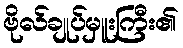
ဗိုလ်ချုပ်မှူးကြီး၏